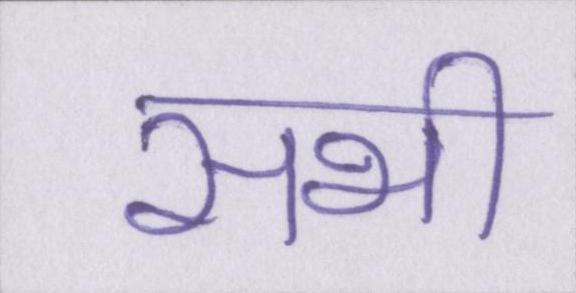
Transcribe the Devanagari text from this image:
सभी